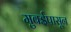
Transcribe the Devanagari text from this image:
मुबईपासून